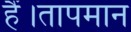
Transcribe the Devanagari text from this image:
हैं।तापमान